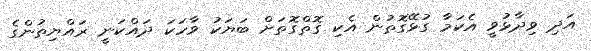
އަދި ވިދާޅުވީ އެކަމާ ގުޅޭގޮތުން އެކި ގޮތްގޮތަށް ބަޔަކު ވާހަކަ ދައްކަނީ ރައްޔިތުންގެ